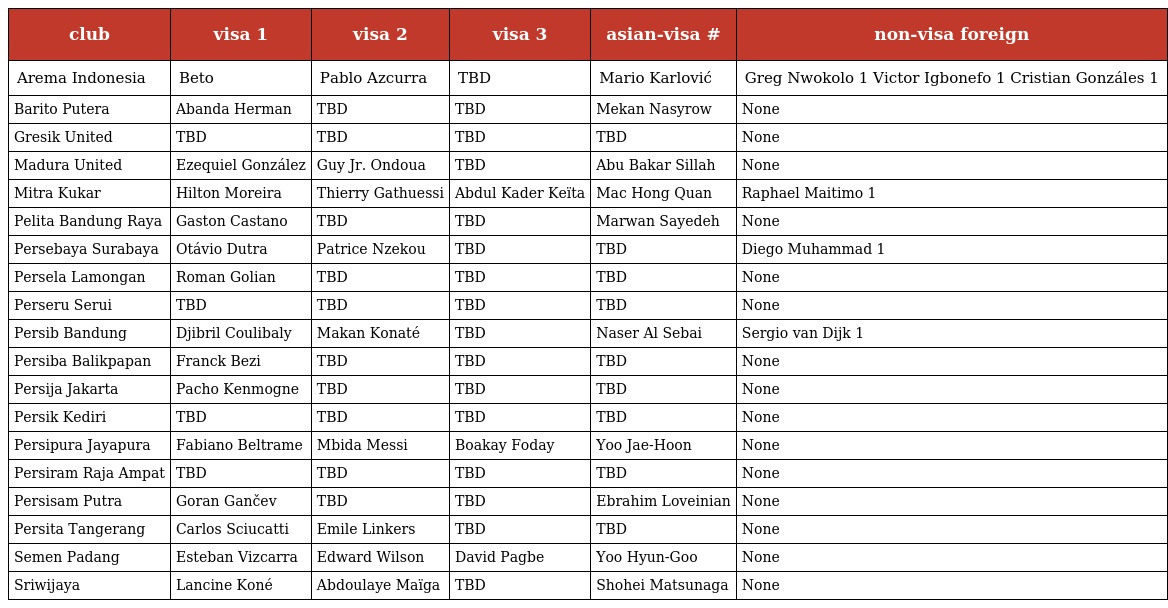
| club | visa 1 | visa 2 | visa 3 | asian-visa # | non-visa foreign |
 | --- | --- | --- | --- | --- | --- |
 | Arema Indonesia | Beto | Pablo Azcurra | TBD | Mario Karlović | Greg Nwokolo 1 Victor Igbonefo 1 Cristian Gonzáles 1 |
 | Barito Putera | Abanda Herman | TBD | TBD | Mekan Nasyrow | None |
 | Gresik United | TBD | TBD | TBD | TBD | None |
 | Madura United | Ezequiel González | Guy Jr. Ondoua | TBD | Abu Bakar Sillah | None |
 | Mitra Kukar | Hilton Moreira | Thierry Gathuessi | Abdul Kader Keïta | Mac Hong Quan | Raphael Maitimo 1 |
 | Pelita Bandung Raya | Gaston Castano | TBD | TBD | Marwan Sayedeh | None |
 | Persebaya Surabaya | Otávio Dutra | Patrice Nzekou | TBD | TBD | Diego Muhammad 1 |
 | Persela Lamongan | Roman Golian | TBD | TBD | TBD | None |
 | Perseru Serui | TBD | TBD | TBD | TBD | None |
 | Persib Bandung | Djibril Coulibaly | Makan Konaté | TBD | Naser Al Sebai | Sergio van Dijk 1 |
 | Persiba Balikpapan | Franck Bezi | TBD | TBD | TBD | None |
 | Persija Jakarta | Pacho Kenmogne | TBD | TBD | TBD | None |
 | Persik Kediri | TBD | TBD | TBD | TBD | None |
 | Persipura Jayapura | Fabiano Beltrame | Mbida Messi | Boakay Foday | Yoo Jae-Hoon | None |
 | Persiram Raja Ampat | TBD | TBD | TBD | TBD | None |
 | Persisam Putra | Goran Gančev | TBD | TBD | Ebrahim Loveinian | None |
 | Persita Tangerang | Carlos Sciucatti | Emile Linkers | TBD | TBD | None |
 | Semen Padang | Esteban Vizcarra | Edward Wilson | David Pagbe | Yoo Hyun-Goo | None |
 | Sriwijaya | Lancine Koné | Abdoulaye Maïga | TBD | Shohei Matsunaga | None |